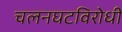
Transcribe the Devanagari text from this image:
चलनघटविरोधी